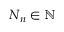
N _ { n } \in \mathbb N